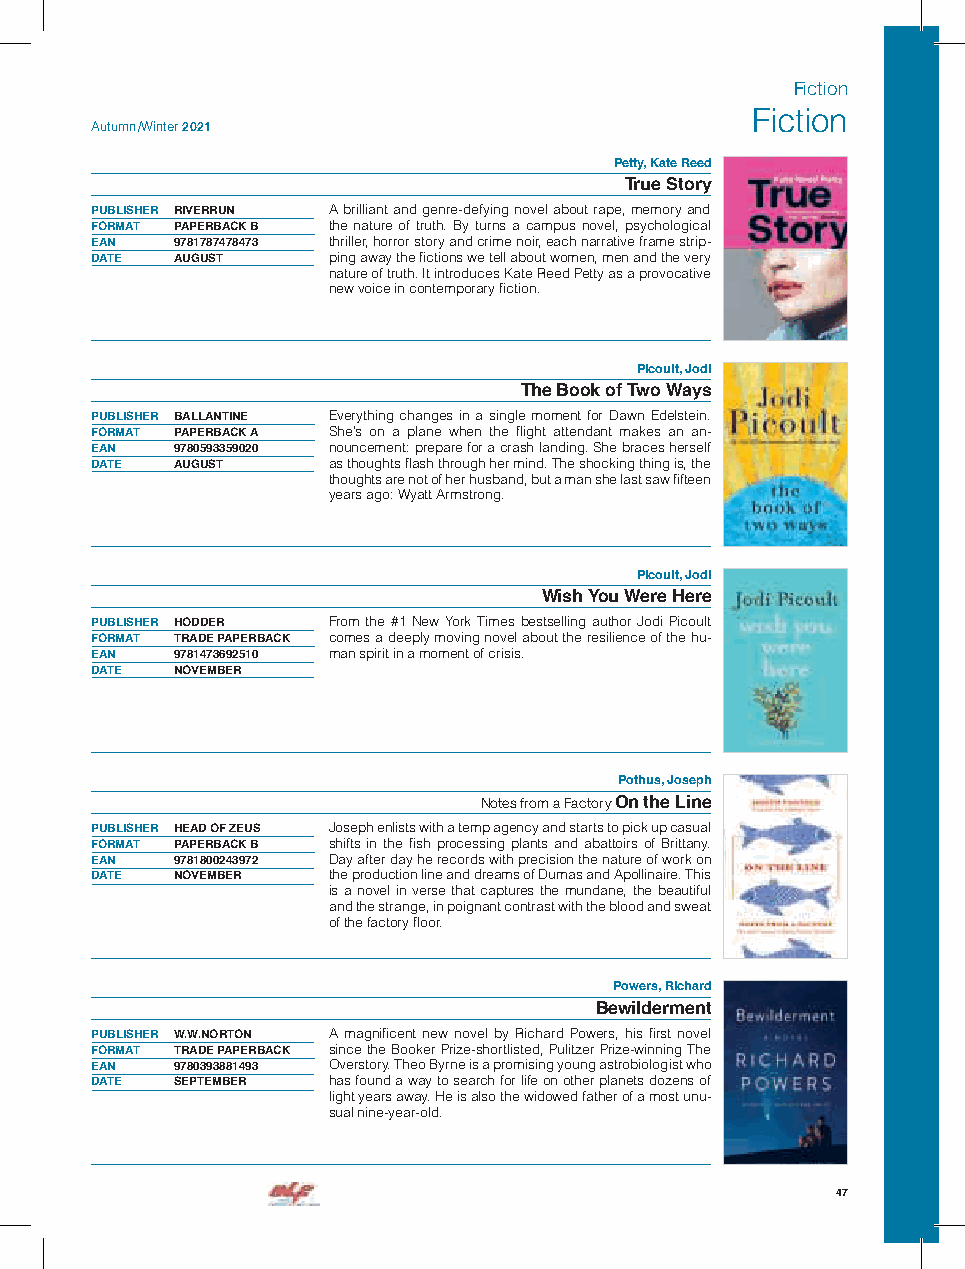
Fiction
 Fiction
 Autumn /Winter 2021
 Petty, Kate Reed
 True Story
 PUBLISHER RIVERRUN A brilliant and genre-defying novel about rape, memory and
 FORMAT PAPERBACK B the nature of truth. By turns a campus novel, psychological
 EAN  9781787478473 thriller, horror story and crime noir, each narrative frame strip-
 DATE AUGUST     ping away the fictions we tell about women, men and the very
 nature of truth. It introduces Kate Reed Petty as a provocative
 new voice in contemporary fiction.
 Picoult, Jodi
 The Book of Two Ways
 PUBLISHER BALLANTINE Everything changes in a single moment for Dawn Edelstein.
 FORMAT PAPERBACK A She’s on a plane when the flight attendant makes an an-
 EAN  9780593359020 nouncement: prepare for a crash landing. She braces herself
 DATE AUGUST     as thoughts flash through her mind. The shocking thing is, the
 thoughts are not of her husband, but a man she last saw fifteen
 years ago: Wyatt Armstrong.
 Picoult, Jodi
 Wish You Were Here
 PUBLISHER HODDER From the #1 New York Times bestselling author Jodi Picoult
 FORMAT TRADE PAPERBACK comes a deeply moving novel about the resilience of the hu-
 EAN  9781473692510 man spirit in a moment of crisis.
 DATE NOVEMBER
 Pothus, Joseph
 Notes from a Factory On the Line
 PUBLISHER HEAD OF ZEUS Joseph enlists with a temp agency and starts to pick up casual
 FORMAT PAPERBACK B shifts in the fish processing plants and abattoirs of Brittany.
 EAN  9781800243972 Day after day he records with precision the nature of work on
 DATE NOVEMBER   the production line and dreams of Dumas and Apollinaire. This
 is a novel in verse that captures the mundane, the beautiful
 and the strange, in poignant contrast with the blood and sweat
 of the factory floor.
 Powers, Richard
 Bewilderment
 PUBLISHER W.W.NORTON A magnificent new novel by Richard Powers, his first novel
 FORMAT TRADE PAPERBACK since the Booker Prize-shortlisted, Pulitzer Prize-winning The
 EAN  9780393881493 Overstory. Theo Byrne is a promising young astrobiologist who
 DATE SEPTEMBER  has found a way to search for life on other planets dozens of
 light years away. He is also the widowed father of a most unu-
 sual nine-year-old.
 47